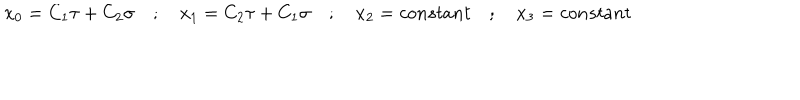
x _ { 0 } = C _ { 1 } \tau + C _ { 2 } \sigma \quad ; \quad x _ { 1 } = C _ { 2 } \tau + C _ { 1 } \sigma \quad ; \quad x _ { 2 } = c o n s t a n t \quad ; \quad x _ { 3 } = c o n s t a n t